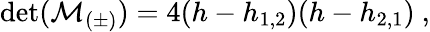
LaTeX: \operatorname*{det}({\cal M}_{(\pm)})=4(h-h_{1,2})(h-h_{2,1}){}~,